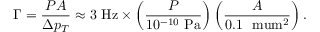
\Gamma = \frac { P A } { \Delta p _ { T } } \approx 3 ~ \mathrm { H z } \times \left( \frac { P } { 1 0 ^ { - 1 0 } ~ \mathrm { P a } } \right) \left( \frac { A } { 0 . 1 ~ \mathrm { \ m u m } ^ { 2 } } \right) .